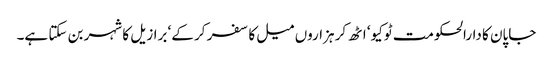
جاپان کا دارالحکومت ٹوکیو‘ اٹھ کر ہزاروں میل کا سفر کر کے‘ برازیل کا شہر بن سکتا ہے۔